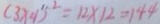
( 3 \times 4 ) ^ { 2 } = 1 2 \times 1 2 = 1 4 4